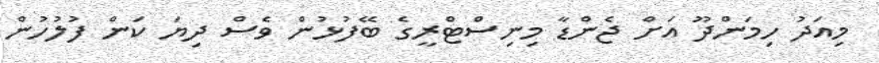
މިއަދު ހިމަންދޫ އަށް ޖެންޑާ މިނިސްޓްރީގެ ބޭފުޅުން ވެސް ދިޔަ ކަން ފުލުހުން